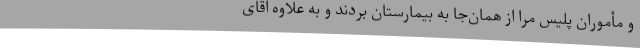
و مأموران پلیس مرا از همان‌جا به بیمارستان بردند و به علاوه آقای